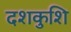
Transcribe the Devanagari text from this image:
दशकुशि